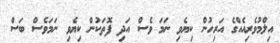
އިލްމުވެރިއެއްގެ އަރިހުން ކިޔެވި ނަމަ ވެސް އަދި ފޮތަކުން ކިޔެވި ނަމަވެސް ބަސް